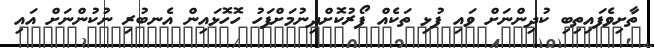
ތާށިވެފައިތިބި ކުދިންނަށް ވައި ފުޅި ތަކެއް ފޯރުކޮށްދިނުމަށްފަހު ހޮހޮޅައިން އެނބުރި ނުކުންނަށް އައި